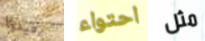
يعيدوا احتواء مثل